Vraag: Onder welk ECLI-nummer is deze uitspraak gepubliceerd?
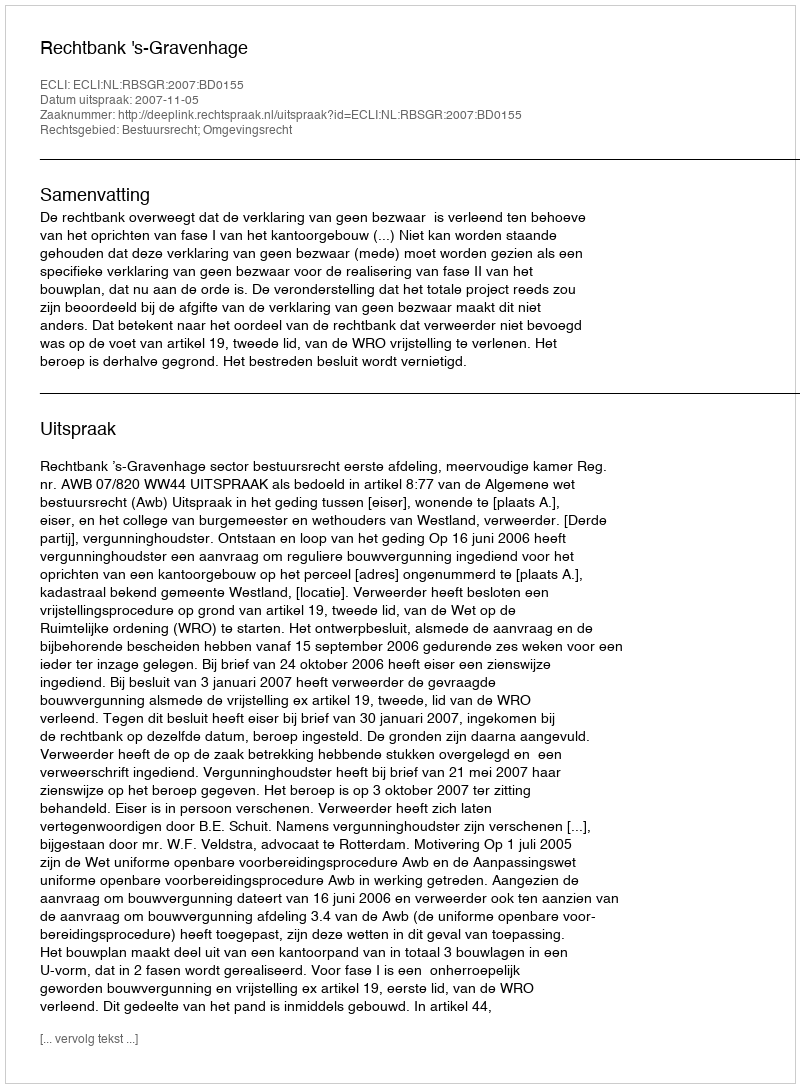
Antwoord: ECLI:NL:RBSGR:2007:BD0155